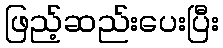
ဖြည့်ဆည်းပေးပြီး